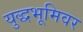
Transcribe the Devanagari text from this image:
युद्धभूमिवर